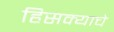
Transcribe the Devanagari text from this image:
हिसक्याचे